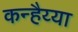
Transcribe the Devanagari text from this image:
कन्हैय्या